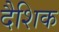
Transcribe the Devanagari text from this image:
दैशिक